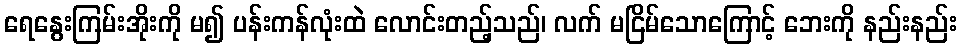
ရေနွေးကြမ်းအိုးကို မ၍ ပန်းကန်လုံးထဲ လောင်းတည့်သည်၊ လက် မငြိမ်သောကြောင့် ဘေးကို နည်းနည်း